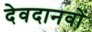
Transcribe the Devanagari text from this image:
देवदानवों